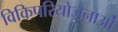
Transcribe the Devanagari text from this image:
विकिपरियोजनाओं